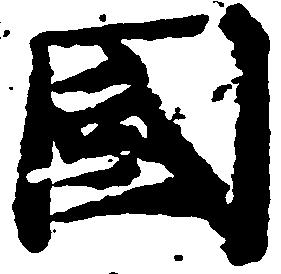
国